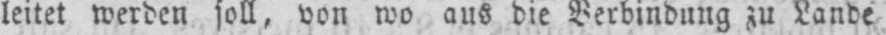
leitet werden soll, von wo aus die Verbindung zu Lande